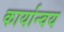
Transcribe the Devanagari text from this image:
कार्यान्वय